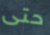
حتى